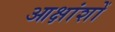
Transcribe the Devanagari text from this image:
आक्षांशों